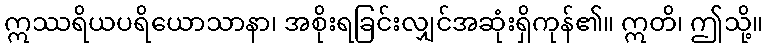
ဣဿရိယပရိယောသာနာ၊ အစိုးရခြင်းလျှင်အဆုံးရှိကုန်၏။ ဣတိ၊ ဤသို့။